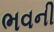
ભવની